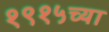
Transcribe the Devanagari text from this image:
१९१५च्या